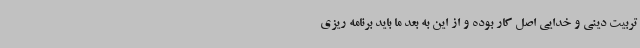
تربیت دینی و خدایی اصل کار بوده و از این به بعد ما باید برنامه ریزی